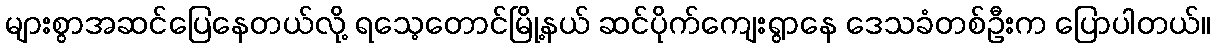
များစွာအဆင်ပြေနေတယ်လို့ ရသေ့တောင်မြို့နယ် ဆင်ပိုက်ကျေးရွာနေ ဒေသခံတစ်ဦးက ပြောပါတယ်။